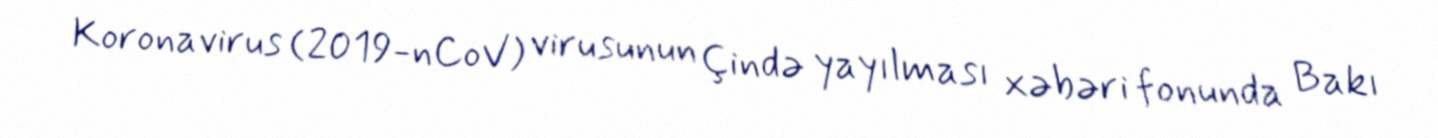
Koronavirus (2019-nCoV) virusunun Çində yayılması xəbəri fonunda Bakı